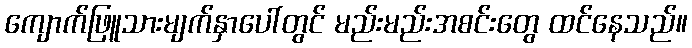
ကျောက်ဖြူသားမျက်နှာပေါ်တွင် မည်းမည်းအစင်းတွေ ထင်နေသည်။